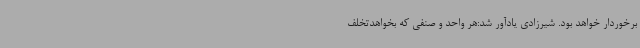
برخوردار خواهد بود. شیرزادی یادآور شد:هر واحد و صنفی که بخواهدتخلف